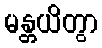
မန္တယိတွာ